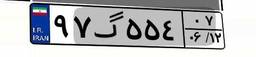
۹۷گ۵۵۴۰۷